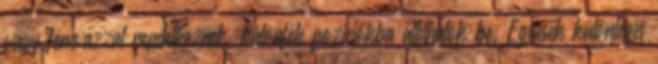
vagy fémvázzal rendelkeznek, különféle pozíciókba állíthatók be. Egyesek különleges